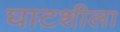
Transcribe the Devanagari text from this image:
घाटशीला